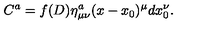
C ^ { a } = f ( D ) \eta _ { \mu \nu } ^ { a } ( x - x _ { 0 } ) ^ { \mu } d x _ { 0 } ^ { \nu } .